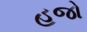
હજો